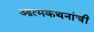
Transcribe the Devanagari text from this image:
आत्मकथनांची